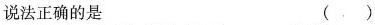
说法正确的是 ( )